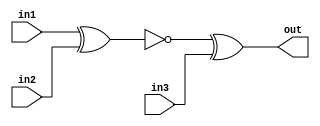
/*Implement the following circuit:*/
module top_module (
    input in1,
    input in2,
    input in3,
    output out);
wire w1;
    xnor g1(w1,in1,in2);
    xor g2(out,w1,in3);
endmodule